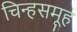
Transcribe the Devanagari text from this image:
चिन्हसमूह